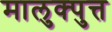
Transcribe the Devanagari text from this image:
मालुक्पुत्त